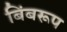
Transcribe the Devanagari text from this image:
बिंबरूप